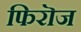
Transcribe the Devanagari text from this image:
फिरॊज